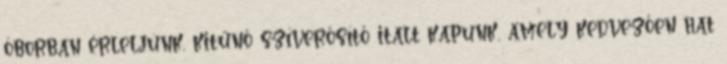
óborban érleljünk, kitűnő szíverősítő italt kapunk, amely kedvezően hat